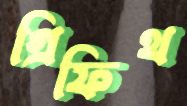
গ্রিফিথ